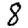
Digit: 8